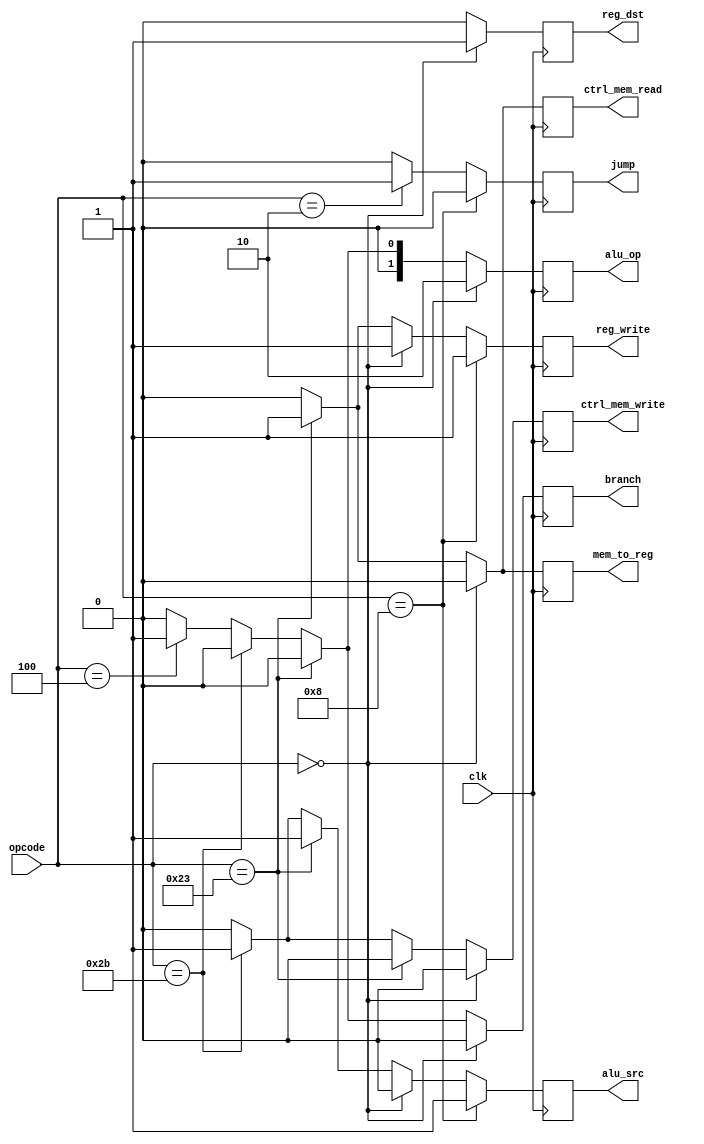
module Control(
    input [5:0] opcode,
    input clk,
    output reg reg_dst,
    output reg jump,
    output reg branch,
    output reg ctrl_mem_read,
    output reg mem_to_reg,
    output reg ctrl_mem_write,
    output reg alu_src,
    output reg reg_write,
    output reg [1:0] alu_op
    );

// Control signals from FIgure 4.18, 4.22, & Ref Sheet
always@(posedge clk)
begin

// Initalize signals to 0 to reduce redundancy in if statements
{reg_dst, alu_src, mem_to_reg, reg_write, ctrl_mem_read, ctrl_mem_write, branch, jump, alu_op} = 10'b0000000000;

// R-type
if (opcode == 6'b000000) begin
    reg_dst <= 1;
    reg_write <= 1;
    alu_op <= 2'b10;
end
    

// Load word
else if (opcode == 6'b100011) begin
    alu_src <= 1;
    mem_to_reg <= 1;
    reg_write <= 1;
    ctrl_mem_read <= 1;
end

// Store word
else if (opcode == 6'b101011) begin
    alu_src <= 1;
    ctrl_mem_write <= 1;
end

// Branch equal
else if (opcode == 6'b000100) begin
    branch <= 1;
    alu_op <= 2'b01;
end

// Addi
if (opcode == 6'b001000) begin
    alu_src <= 1;
    reg_write <= 1;
    // alu_op <= 2'b10;
end

// Jump
else if (opcode == 6'b000010) begin
    jump <= 1;
end

end
endmodule